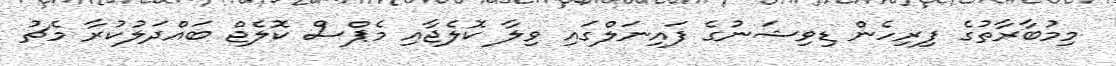
މިމުބާރާތުގެ ފިރިހެން ޑިވިޝަނުގެ ފައިނަލްގައި ވިލާ ކޮލެޖާއި މެޕްސް ކޮލެޖް ބައްދަލުކުރާ މެޗު